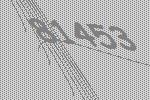
81453